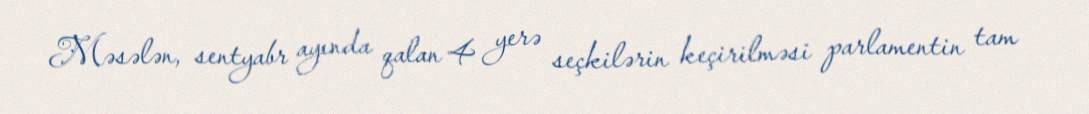
Məsələn, sentyabr ayında qalan 4 yerə seçkilərin keçirilməsi parlamentin tam